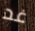
غد